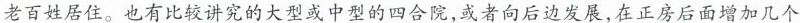
老百姓居住。也有比较讲究的大型或中型的四合院，或者向后边发展，在正房后面增加几个